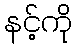
နင့်ကို